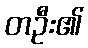
တဦး၏